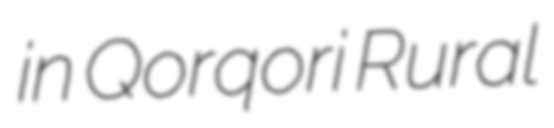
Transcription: in Qorqori Rural